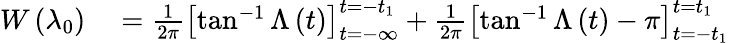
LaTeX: \begin{array}{rl}{W\left(\lambda_{0}\right)}&{{}=\frac{1}{2\pi}\left[\tan^{-1}\Lambda\left(t\right)\right]_{t=-\infty}^{t=-t_{1}}+\frac{1}{2\pi}\left[\tan^{-1}\Lambda\left(t\right)-\pi\right]_{t=-t_{1}}^{t=t_{1}}}\end{array}